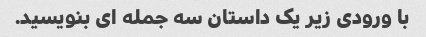
با ورودی زیر یک داستان سه جمله ای بنویسید.